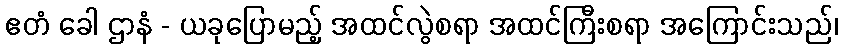
ဧတံ ခေါ ဌာနံ - ယခုပြောမည့် အထင်လွဲစရာ အထင်ကြီးစရာ အကြောင်းသည်၊